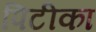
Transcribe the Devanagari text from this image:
पिटीका